system: You are a helpful assistant.
user:
Analyze the provided spectrum to determine if it is a **S-type Star**.

- **Key Indicators for S-type Star:**

    - **(Overall Spectrum Shape):** The first and most obvious characteristic is the overall continuum (the "baseline" shape). It is **extremely "red-sloping,"** meaning the flux (light intensity) is very low on the left side (blue, ~4000-4500 Å) and rises steeply and continuously toward the right side (red, ~7000 Å+).

    - **(Primary):** The spectrum is defined by the presence of strong, broad molecular absorption "valleys" (bands) from **Zirconium Oxide (ZrO)**. The identification of these bands is the **primary requirement** for classifying a star as S-type.
        - **(Key Bandheads):** You must find distinct, deep "dips" where the light has been absorbed. The most critical band systems to locate are:
            - **~6474 Å** ($\gamma$-system): This is often the strongest and clearest ZrO feature, found in the red part of the spectrum.
            - **~5718 Å** & **~5551 Å** ($\beta$-system): A pair of prominent absorption features in the yellow-orange part of the spectrum.
            - **~4640 Å** ($\alpha$-system): A key absorption band system in the blue-green region of the spectrum.

    - **(Secondary Confirmation):** The classification is strengthened by finding additional absorption bands from other related heavy element oxides, which are expected to be present alongside ZrO.
        - **(Key Bandheads):**
            - **Yttrium Oxide (YO):** Look for absorption dips near **~4800 Å** and **~6100 Å**.
            - **Lanthanum Oxide (LaO):** Additional absorption features, particularly in the red-orange part of the spectrum, are also characteristic.

    - **(Line Profile):** The combination of the steep red continuum and these numerous, deep molecular bands (ZrO, YO, etc.) gives the entire spectrum a very **"chopped-up"** or **"bumpy"** appearance. Instead of a smooth curve, the spectrum looks as though large, wide chunks of light have been "carved out" of it at the specific wavelengths listed above.

Think first, call **spectral_visualization_tool** if needed to examine features in detail, then provide your final answer. Your response must adhere to the following strict rules:
1.  **Overall Structure:** Your response must follow the format `<think>...</think> <tool_call>...</tool_call> (if a tool is used) <answer>...</answer>`.
2.  **Tool Usage Constraint:** You may only make **one** tool call per turn.
3.  **Final Answer Format:** In the `<answer>` tag, your conclusion must be inside a `\boxed{}` command (e.g., `\boxed{YES}` or `\boxed{NO}`), followed by your justification.

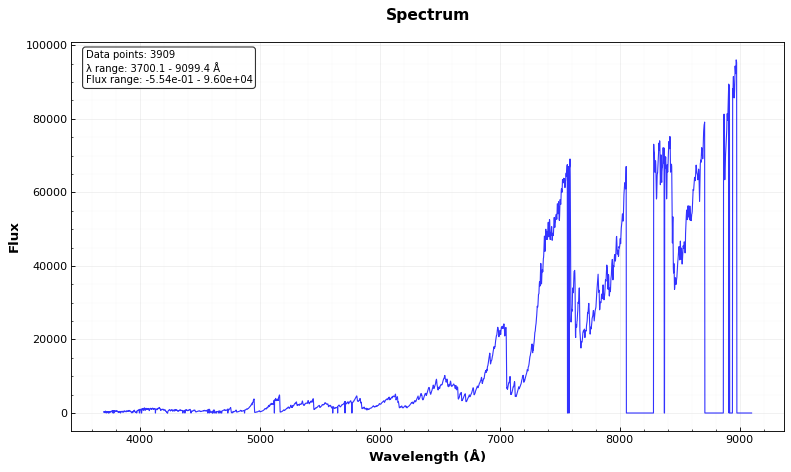
Answer: YES